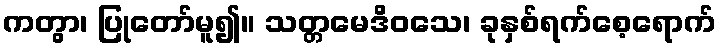
ကတွာ၊ ပြုတော်မူ၍။ သတ္တမေဒိဝသေ၊ ခုနှစ်ရက်စေ့ရောက်